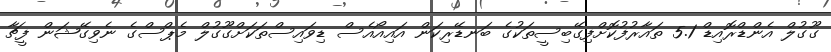
ގޫގުލް އެންޑްރޮއިޑް 5.1 ތައާރުފުކޮށްފިގޭބިސީތަކުގެ ބަނޑޭރިކަން އައިއޯއެސް ޑިވައިސްތަކަށްގޫގުލް މެޕްސްގެ ނެވިގޭޝަން ފީޗާ